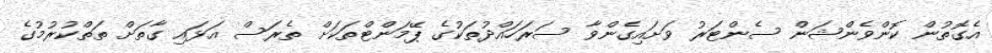
އެގޮތުން ކޮންވެންޝަން ސެންޓަރު ވަށައިގެންވާ ސަރަހައްދުތަކުގެ ޕޭމަންޓްތަކަށް ތެރަސް އަޅައި ގާތަށް ތަތްކުރުމުގެ